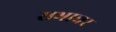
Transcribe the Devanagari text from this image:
सभाचर